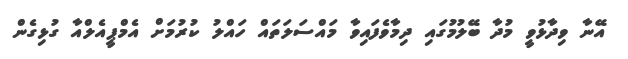
އޭނާ ވިދާޅުވީ މުދާ ބޭލުމުގައި ދިމާވެފައިވާ މައްސަލަތައް ހައްލު ކުރުމަށް އެމްޕީއެލްއާ ގުޅިގެން